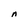
Character: n